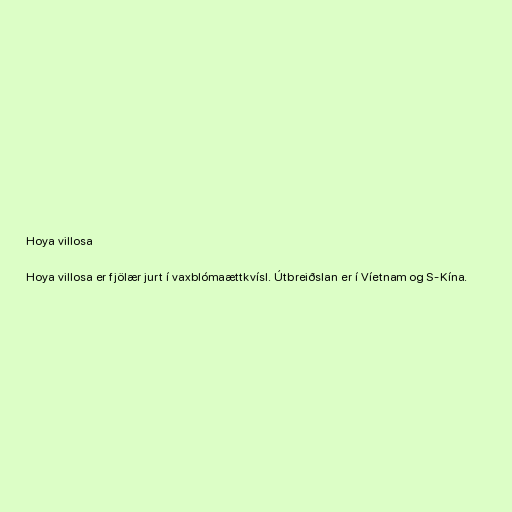
Hoya villosa

Hoya villosa er fjölær jurt í vaxblómaættkvísl. Útbreiðslan er í Víetnam og S-Kína.